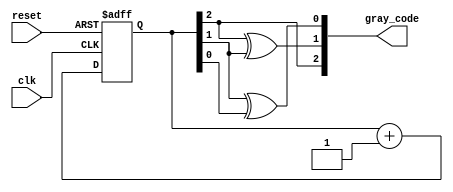
module GrayCodeAsyncCounter (
    input wire clk,       // Clock input
    input wire reset,     // Asynchronous reset input
    output reg [2:0] gray_code // 3-bit Gray code output
);

// Internal signals to hold flip-flop states
reg [2:0] bin; // 3-bit binary counter representation

// Always block for flip-flop behavior
always @(posedge clk or posedge reset) begin
    if (reset) begin
        bin <= 3'b000; // Initialize binary counter to 0
    end else begin
        // Binary counting
        bin <= bin + 1; // Increment binary counter
    end
end

// Combinational logic to convert binary to Gray code
always @(*) begin
    gray_code[2] = bin[2];         // MSB remains the same
    gray_code[1] = bin[2] ^ bin[1]; // XOR between MSB and next bit
    gray_code[0] = bin[1] ^ bin[0]; // XOR between next bits
end

endmodule